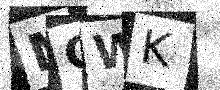
Text: MCWK